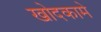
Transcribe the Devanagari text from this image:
खोदकामे